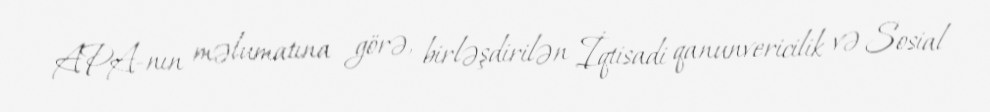
APA-nın məlumatına görə, birləşdirilən İqtisadi qanunvericilik və Sosial